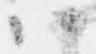
ハ